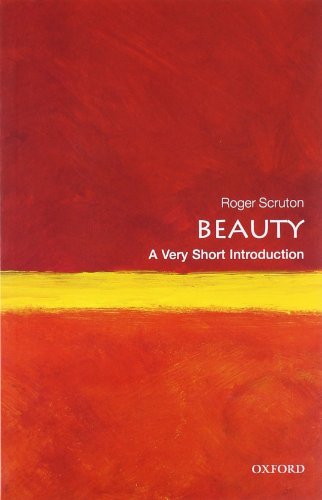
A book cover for Beauty: A Very Short Introduction; Roger Scruton; Arts & Photography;